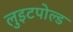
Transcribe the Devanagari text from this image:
लुइटपोल्ड